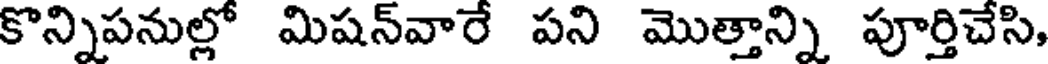
కొన్నిపనుల్లో మిషన్వారే పని మొత్తాన్ని పూర్తిచేసి,